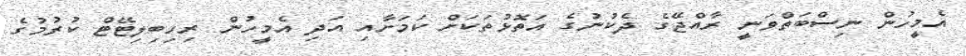
އެމީހުން ނިސްބަތްވަނީ ރާއްޖޭގެ ދެކުނުގެ އަތޮޅުތަކަށް ކަމަށާއި އަދި އެމީހުން ރިހިބިލިޓޭޓް ކުރުމުގެ